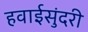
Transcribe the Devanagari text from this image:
हवाईसुंदरी